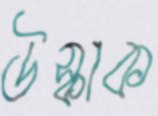
উস্‌কাক